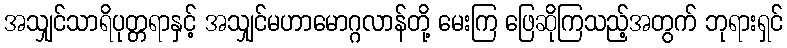
အသျှင်သာရိပုတ္တရာနှင့် အသျှင်မဟာမောဂ္ဂလာန်တို့ မေးကြ ဖြေဆိုကြသည့်အတွက် ဘုရားရှင်